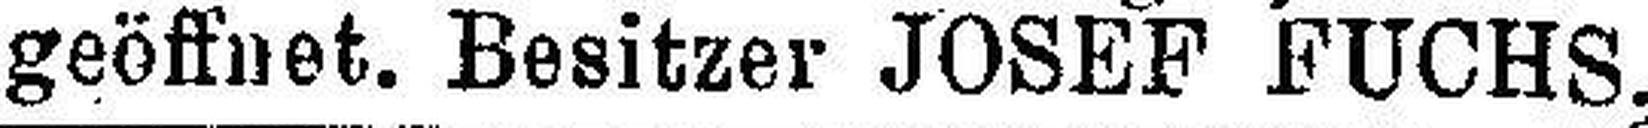
geöffnet. Besitzer JOSEF FUCHS. 5942